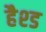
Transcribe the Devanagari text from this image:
हैश्ड